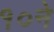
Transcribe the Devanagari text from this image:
१०ने